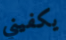
يكفيني